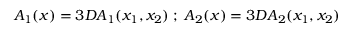
A _ { 1 } ( x ) = 3 D A _ { 1 } ( x _ { 1 } , x _ { 2 } ) \; ; \; A _ { 2 } ( x ) = 3 D A _ { 2 } ( x _ { 1 } , x _ { 2 } )